Report on the bubonic plague in Bombay, 1896-1897
Year: 1896
Disease focus: Plague
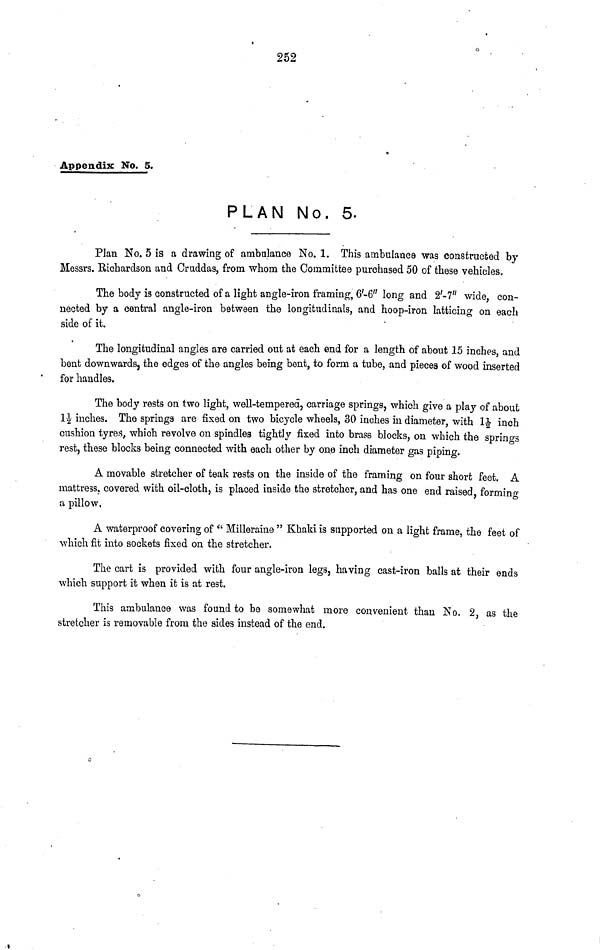
252
Appendix No. 5.
PLAN No. 5.
Plan No. 5 is a drawing of ambulance No. 1. This ambulance was constructed by
Messrs. Richardson and Cruddas, from whom the Committee purchased 50 of these vehicles.
The body is constructed of a light angle-iron framing, 6-6" long and 2'-7" wide, con-
nected by a central angle-iron between the longitudinals, and hoop-iron latticing on each
side of it.
The longitudinal angles are carried out at each end for a length of about 15 inches, and
bent downwards, the edges of the angles being bent, to form a tube, and pieces of wood inserted
for handles.
The body rests on two light, well-tempered, carriage springs, which give a play of about
1½ inches. The springs are fixed on two bicycle wheels, 30 inches in diameter, with 1½ inch
cushion tyres, which revolve on spindles tightly fixed into brass blocks, on which the springs
rest, these blocks being connected with each other by one inch diameter gas piping.
A movable stretcher of teak rests on the inside of the framing on four short feet. A
mattress, covered with oil-cloth, is placed inside the stretcher, and has one end raised, forming
a pillow.
A waterproof covering of " Milleraine " Khaki is supported on a light frame, the feet of
which fit into sockets fixed on the stretcher.
The cart is provided with four angle-iron legs, having cast-iron balls at their ends
which support it when it is at rest.
This ambulance was found to be somewhat more convenient than No. 2, as the
stretcher is removable from the sides instead of the end.